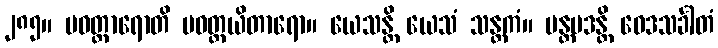
၂၈၅။ ပဝတ္တာရောတိ ပဝတ္တယိတာရော။ ယေသန္တိ ယေသံ သန္တကံ။ မန္တပဒန္တိ ဝေဒသင်္ခါတံ